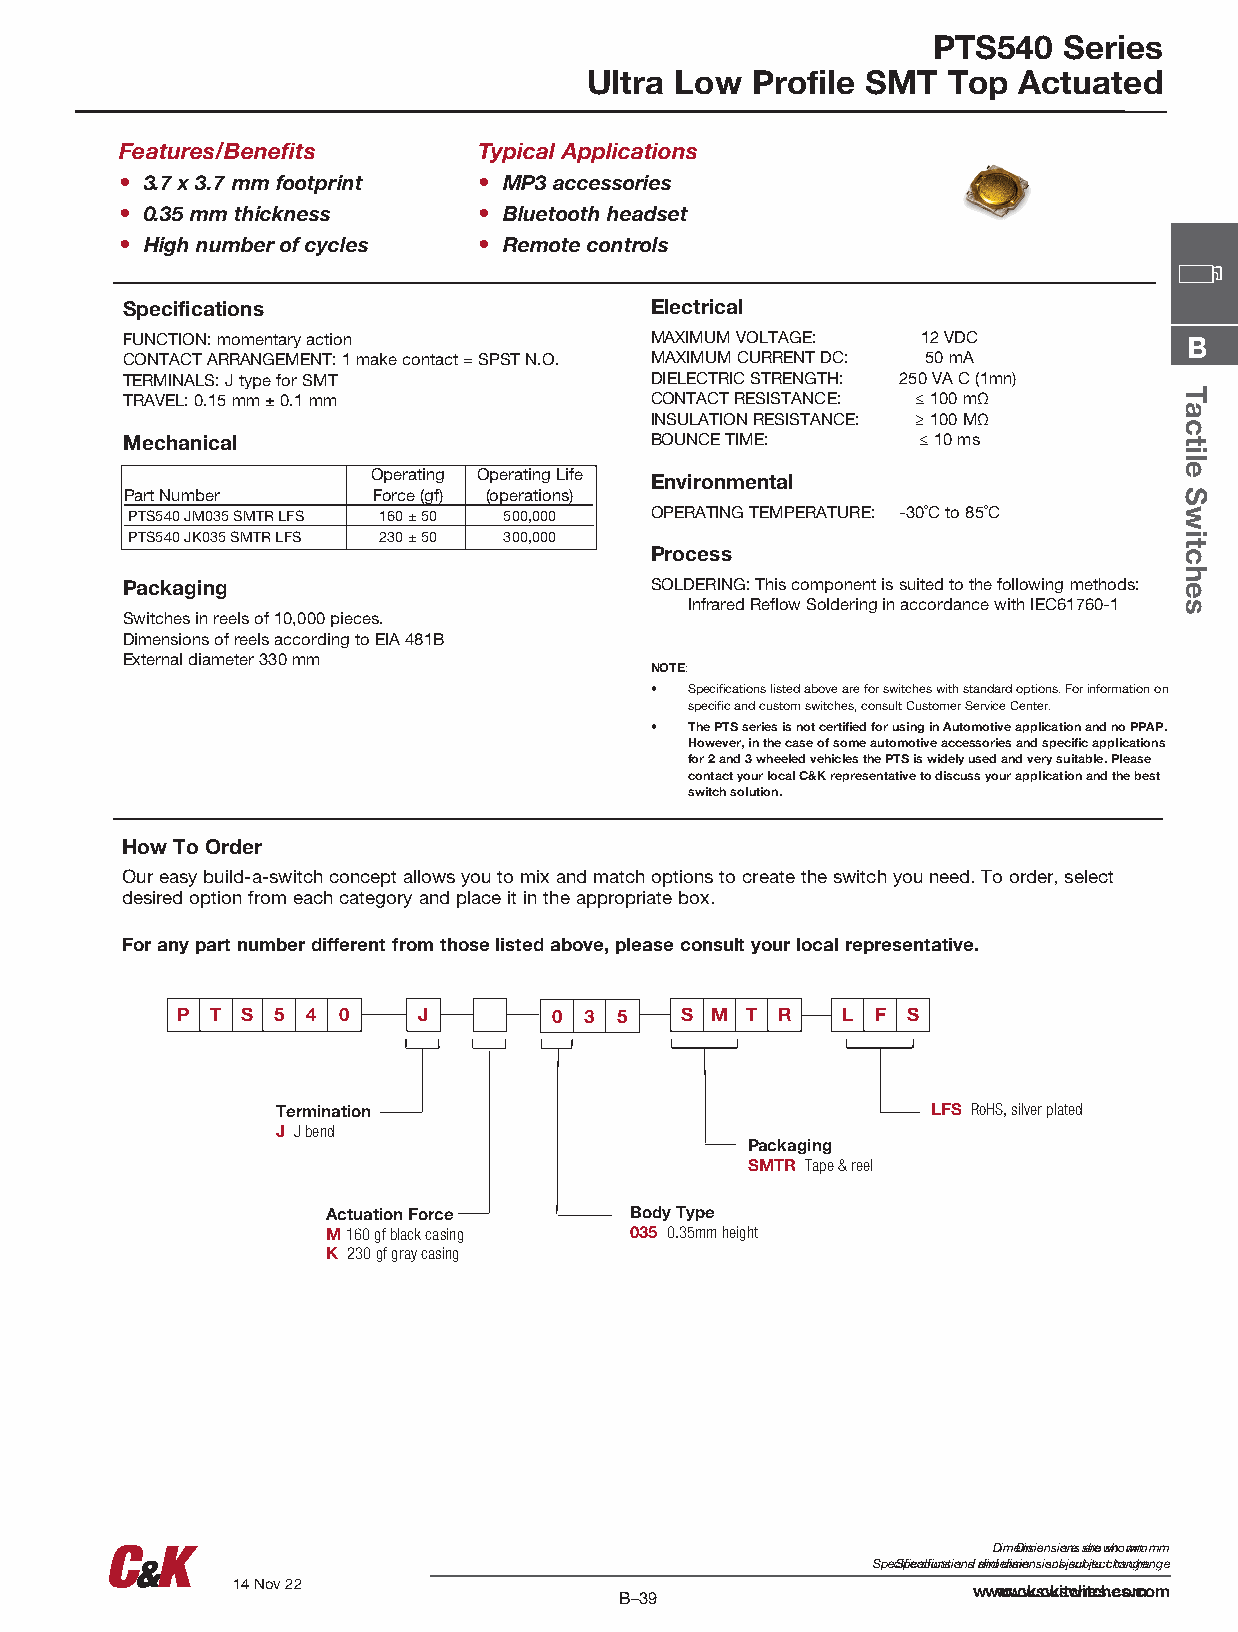
PTS540  Series
 Ultra Low  Profile SMT  Top Actuated
 Features/Benefits       Typical Applications
 • 3.7 x 3.7 mm footprint • MP3 accessories
 • 0.35 mm thickness     • Bluetooth headset
 • High number of cycles • Remote controls
 Specifications                     Electrical
 FUNCTION: momentary action         MAXIMUM VOLTAGE:  12 VDC            B
 CONTACT ARRANGEMENT: 1 make contact = SPST N.O. MAXIMUM CURRENT DC: 50 mA
 TERMINALS: J type for SMT          DIELECTRIC STRENGTH: 250 VA C (1mn)
 TRAVEL: 0.15 mm ± 0.1 mm           CONTACT RESISTANCE: ≤ 100 mΩ
 INSULATION RESISTANCE: ≥ 100 MΩ
 Mechanical                         BOUNCE TIME:      ≤ 10 ms
 Operating Operating Life Environmental
 Part Number      Force (gf) (operations)
 PTS540 JM035 SMTR LFS 160 ± 50 500,000 OPERATING TEMPERATURE: -30˚C to 85˚C
 PTS540 JK035 SMTR LFS 230 ± 50 300,000
 Process
 Packaging                          SOLDERING: This component is suited to the following methods:
 Infrared Reflow Soldering in accordance with IEC61760-1
 Switches in reels of 10,000 pieces.
 Dimensions of reels according to EIA 481B
 External diameter 330 mm
 NOTE:
 •  Specifications listed above are for switches with standard options. For information on
 specific and custom switches, consult Customer Service Center.
 •  The PTS series is not certified for using in Automotive application and no PPAP.
 However, in the case of some automotive accessories and specific applications
 for 2 and 3 wheeled vehicles the PTS is widely used and very suitable. Please
 contact your local C&K representative to discuss your application and the best
 switch solution.
 How To Order
 Our easy build-a-switch concept allows you to mix and match options to create the switch you need. To order, select
 desired option from each category and place it in the appropriate box.
 For any part number different from those listed above, please consult your local representative.
 P T S 5 4 0     J        0 3 5   S M T R    L F S
 Termination                                 LFS RoHS, silver plated
 J J bend
 Packaging
 SMTR Tape & reel
 Actuation Force     Body Type
 M 160 gf black casing 035 0.35mm height
 K 230 gf gray casing
 DimeDnimsioennss ioanres sahreo wshno: wmnm: mm
 SpecSipficeactifioicnast ioannsd adnimd ednimsioennss iosunbs jseucbt jteoc ct htoa ncgheange
 14 Nov 22
 wwwww.cwk.scwkistwchitecsh.ecso.mcom
 BB––3399
 Tactile
 Switches